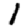
Digit: 1